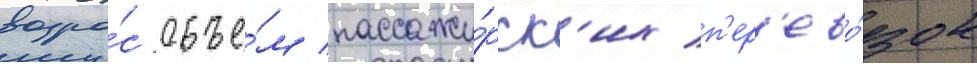
возро́с объе́м пассажи́рск'их п'ер'ево́зок